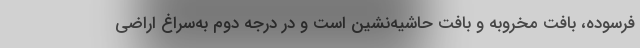
فرسوده، بافت مخروبه و بافت حاشیه‌نشین است و در درجه دوم به‌سراغ اراضی